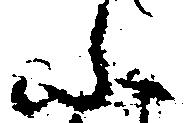
ふ